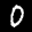
Label: 0